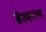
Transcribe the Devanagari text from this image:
ब्रेउहाउस